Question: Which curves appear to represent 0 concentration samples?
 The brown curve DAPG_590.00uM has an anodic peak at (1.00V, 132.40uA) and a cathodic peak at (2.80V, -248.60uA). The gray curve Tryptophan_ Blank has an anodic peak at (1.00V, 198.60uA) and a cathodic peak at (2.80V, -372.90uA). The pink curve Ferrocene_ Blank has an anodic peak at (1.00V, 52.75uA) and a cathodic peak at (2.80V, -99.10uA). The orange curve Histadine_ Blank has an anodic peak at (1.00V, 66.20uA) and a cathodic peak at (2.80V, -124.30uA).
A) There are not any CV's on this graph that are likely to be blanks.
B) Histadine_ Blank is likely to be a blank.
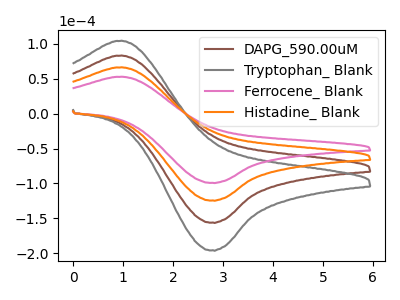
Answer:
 <answer>A) There are not any CV's on this graph that are likely to be blanks.</answer>
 <eval>A</eval>